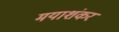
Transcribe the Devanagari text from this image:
मयाशंकर